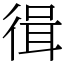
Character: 㣬